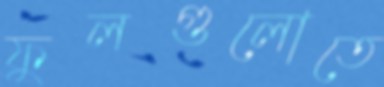
ফুলগুলোতে